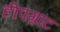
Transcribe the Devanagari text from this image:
हीपग्रांट